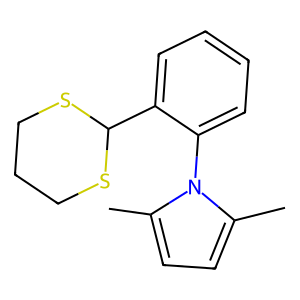
SMILES: Cc1ccc(C)n1-c1ccccc1C1SCCCS1
Inhibits HIV replication: No